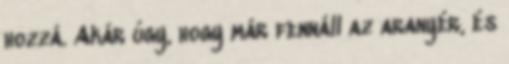
hozzá. Akár úgy, hogy már fennáll az aranyér, és